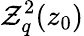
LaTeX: \mathcal{Z}_{q}^{2}(z_{0})